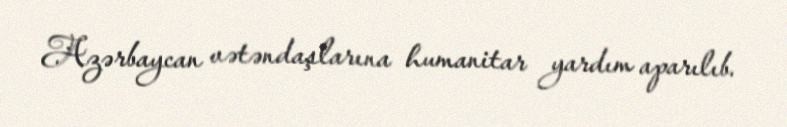
Azərbaycan vətəndaşlarına humanitar yardım aparılıb.